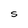
Character: S